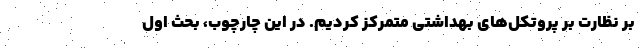
بر نظارت بر پروتکل‌های بهداشتی متمرکز کردیم. در این چارچوب، بحث اول